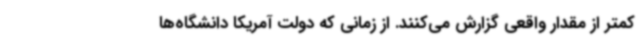
کمتر از مقدار واقعی گزارش می‌کنند. از زمانی که دولت آمریکا دانشگاه‌ها